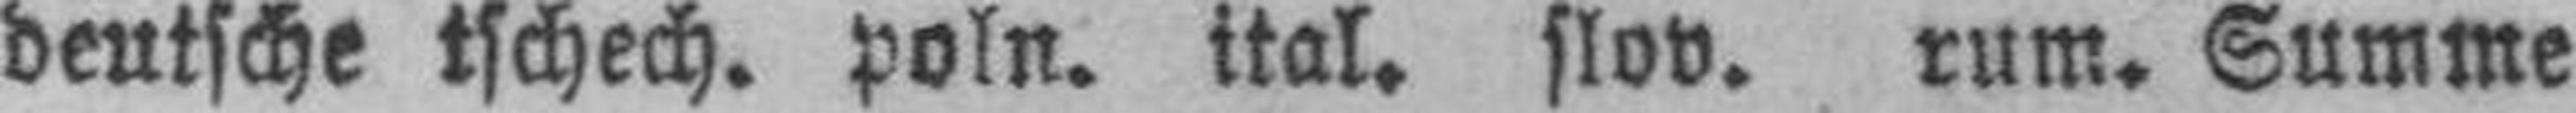
deutsche tschech. poln. ital. slov. rum. Summe